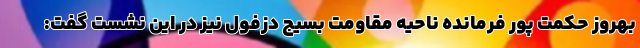
بهروز حکمت پور فرمانده ناحیه مقاومت بسیج دزفول نیز در این نشست گفت: